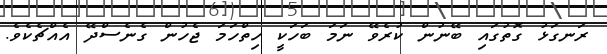
ރަނގަޅު ގޮތުގައި ބޭނުން ކުރެވޭ ނަމަ ބަހަކީ ހިތްހަމަ ޖެހުން ގެނެސްދޭ އެއްޗެކެވެ.